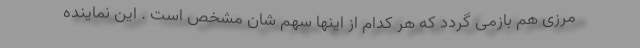
مرزی هم بازمی گردد که هر کدام از اینها سهم شان مشخص است . این نماینده